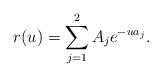
LaTeX: \begin{align*}r(u) = \sum_{j=1}^2 A_j e^{-u a_j}. \end{align*}